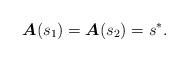
LaTeX: \begin{align*}\boldsymbol{A}(s_1)=\boldsymbol{A}(s_2)=s^*.\end{align*}